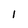
Character: l